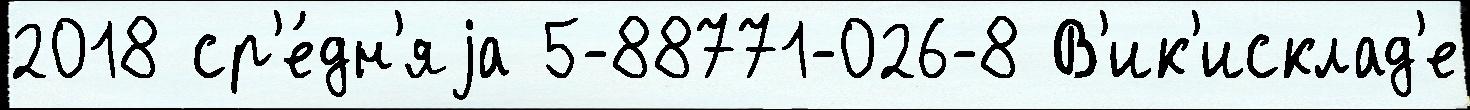
2018 ср'е́дн'яjа 5-88771-026-8 В'ик'исклад'е